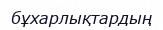
бұхарлықтардың